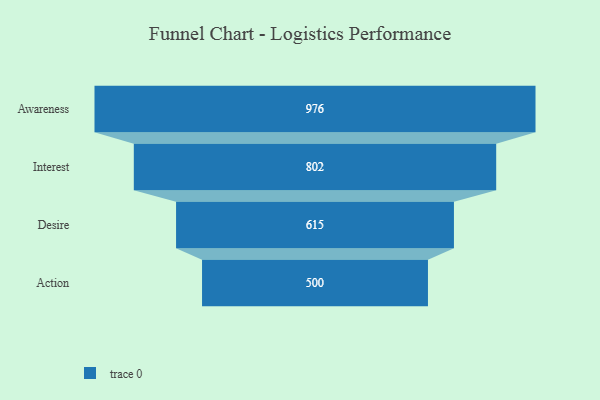
{"axis": {"x": "Stage", "y": "Value"}, "legend": [""], "data": [{"x": "Awareness", "y": 976.0, "type": ""}, {"x": "Interest", "y": 802.0, "type": ""}, {"x": "Desire", "y": 615.0, "type": ""}, {"x": "Action", "y": 500, "type": ""}]}